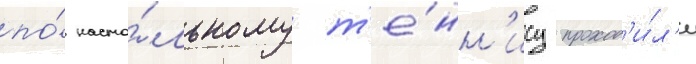
по́ насто́льному т'е́нн'ису проход'и́л'и